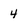
Character: 4